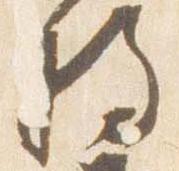
将